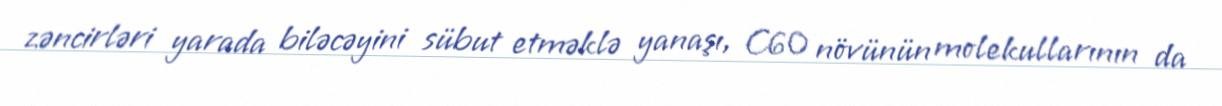
zəncirləri yarada biləcəyini sübut etməklə yanaşı, C60 növünün molekullarının da